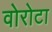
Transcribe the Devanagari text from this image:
वोरोटा